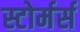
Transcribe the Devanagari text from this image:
स्टोर्मर्स